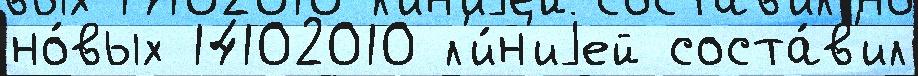
но́вых 14102010 л'и́н'иjей соста́в'ил